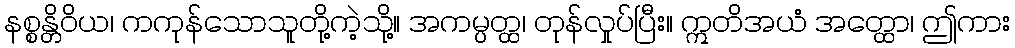
နစ္စန္တိဝိယ၊ ကကုန်သောသူတို့ကဲ့သို့။ အကမ္ပတ္ထ၊ တုန်လှုပ်ပြီး။ ဣတိအယံ အတ္ထော၊ ဤကား